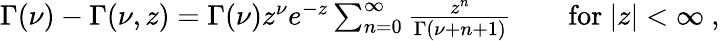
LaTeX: \begin{array}{r}{\Gamma(\nu)-\Gamma(\nu,z)=\Gamma(\nu)z^{\nu}e^{-z}\sum_{n=0}^{\infty}\frac{z^{n}}{\Gamma(\nu+n+1)}\qquad\mathrm{for}\ |z|<\infty\ ,}\end{array}